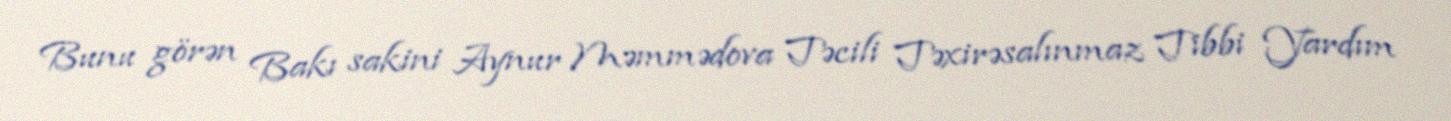
Bunu görən Bakı sakini Aynur Məmmədova Təcili Təxirəsalınmaz Tibbi Yardım